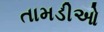
તામડીઓ